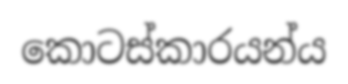
කොටස්කාරයන්ය